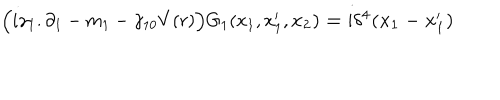
LaTeX: \Big ( i \gamma _ { 1 } . \partial _ { 1 } - m _ { 1 } - \gamma _ { 1 0 } V ( r ) \Big ) G _ { 1 } ( x _ { 1 } , x _ { 1 } ^ { \prime } , \bf { x } _ { 2 } ) = i \delta ^ { 4 } ( x _ { 1 } - x _ { 1 } ^ { \prime } )